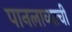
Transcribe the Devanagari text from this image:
पानलाव्याची